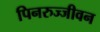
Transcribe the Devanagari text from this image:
पिनरुज्जीवन